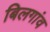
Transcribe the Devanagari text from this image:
बिलगांव